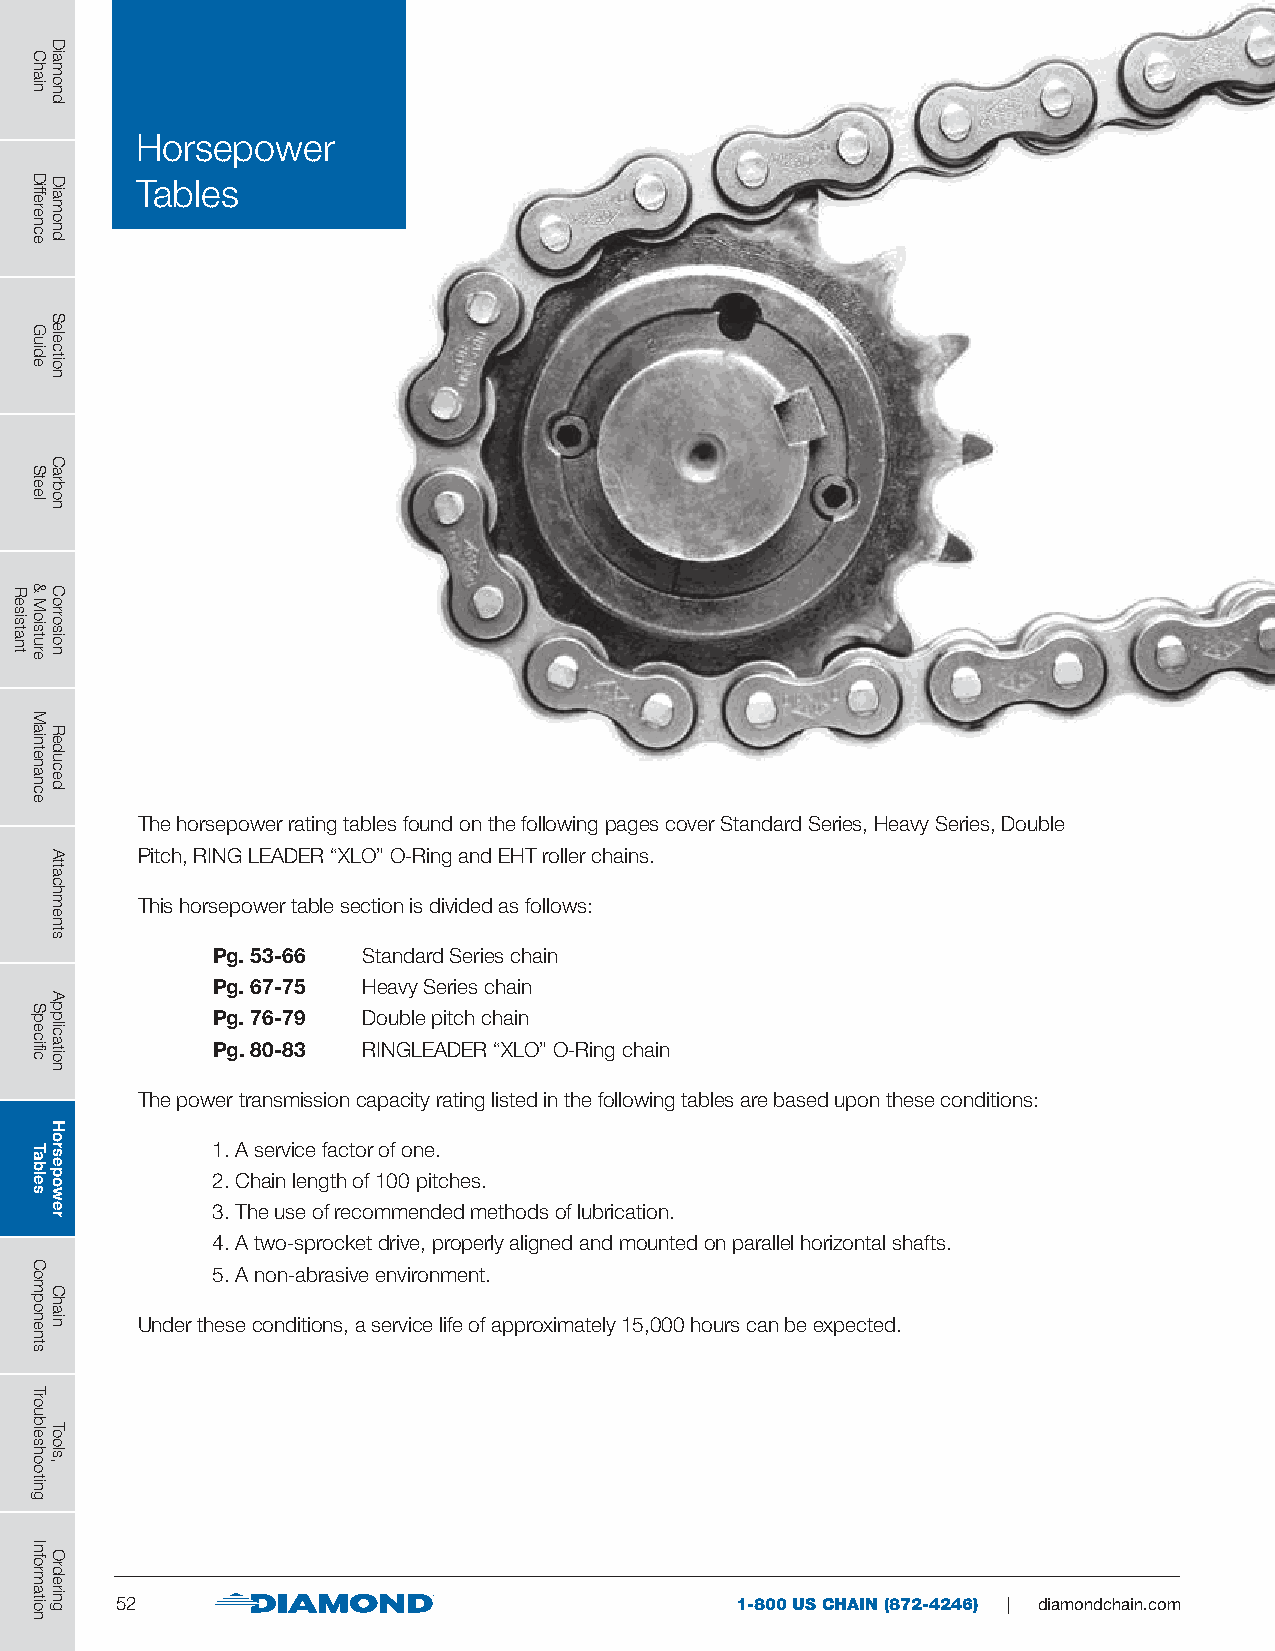
Horsepower
 Tables
 The horsepower rating tables found on the following pages cover Standard Series, Heavy Series, Double
 Pitch, RING LEADER “XLO” O-Ring and EHT roller chains.
 This horsepower table section is divided as follows:
 Pg. 53-66 Standard Series chain
 Pg. 67-75 Heavy Series chain
 Pg. 76-79 Double pitch chain
 Pg. 80-83 RINGLEADER “XLO” O-Ring chain
 The power transmission capacity rating listed in the following tables are based upon these conditions:
 1. A service factor of one.
 2. Chain length of 100 pitches.
 3. The use of recommended methods of lubrication.
 4. A two-sprocket drive, properly aligned and mounted on parallel horizontal shafts.
 5. A non-abrasive environment.
 Under these conditions, a service life of approximately 15,000 hours can be expected.
 52                                       1-800 US CHAIN (872-4246) | diamondchain.com
 Resistant
 Chain
 Difference
 Guide
 Steel
 &
 Moisture
 Maintenance
 Specific
 Tables
 Components
 Troubleshooting
 Information
 Diamond
 Diamond
 Selection
 Carbon
 Corrosion
 Reduced
 Attachments
 Application
 Horsepower
 Chain
 Tools,
 Ordering